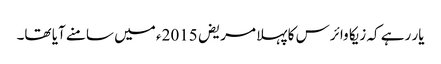
یار رہے کہ زیکا وائرس کا پہلا مریض 2015ء میں سامنے آیا تھا۔